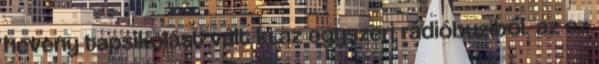
heveny tapsikolást vált ki az egyszeri rádióbuziból, az ez